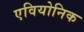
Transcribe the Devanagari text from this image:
एवियोनिक